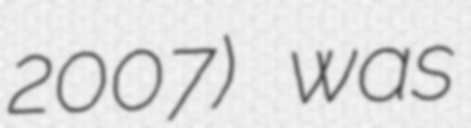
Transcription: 2007) was